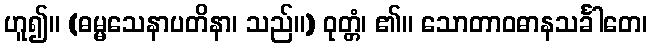
ဟူ၍။ (ဓမ္မသေနာပတိနာ၊ သည်။) ဝုတ္တံ၊ ၏။ သောတာဝဓာနသင်္ခါတေ၊